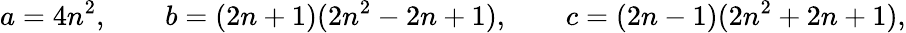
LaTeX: a=4n^{2},\quad\quad b=(2n+1)(2n^{2}-2n+1),\quad\quad c=(2n-1)(2n^{2}+2n+1),